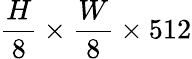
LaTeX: \frac{H}{8}\times\frac{W}{8}\times 512